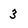
Character: 3